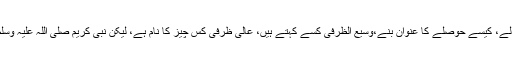
ذرا غور کیجیے کہ کیسے آدمی صبر سے کام لے، کیسے حوصلے کا عنوان بنے،وسیع الظرفی کسے کہتے ہیں، عالی ظرفی کس چیز کا نام ہے، لیکن نبی کریم صلی اللہ علیہ وسلم کی ذاتِ گرامی ہے اور آپؐ کا اسوۂ حسنہ ہے۔